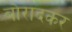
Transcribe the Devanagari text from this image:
बोरादकर